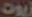
زيوت